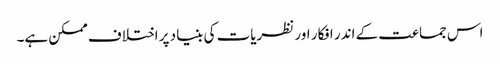
اس جماعت کے اندر افکار اور نظریات کی بنیاد پر اختلاف ممکن ہے۔